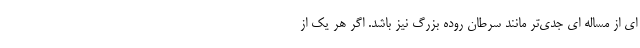
ای از مساله ای جدی‌تر مانند سرطان روده بزرگ نیز باشد. اگر هر یک از